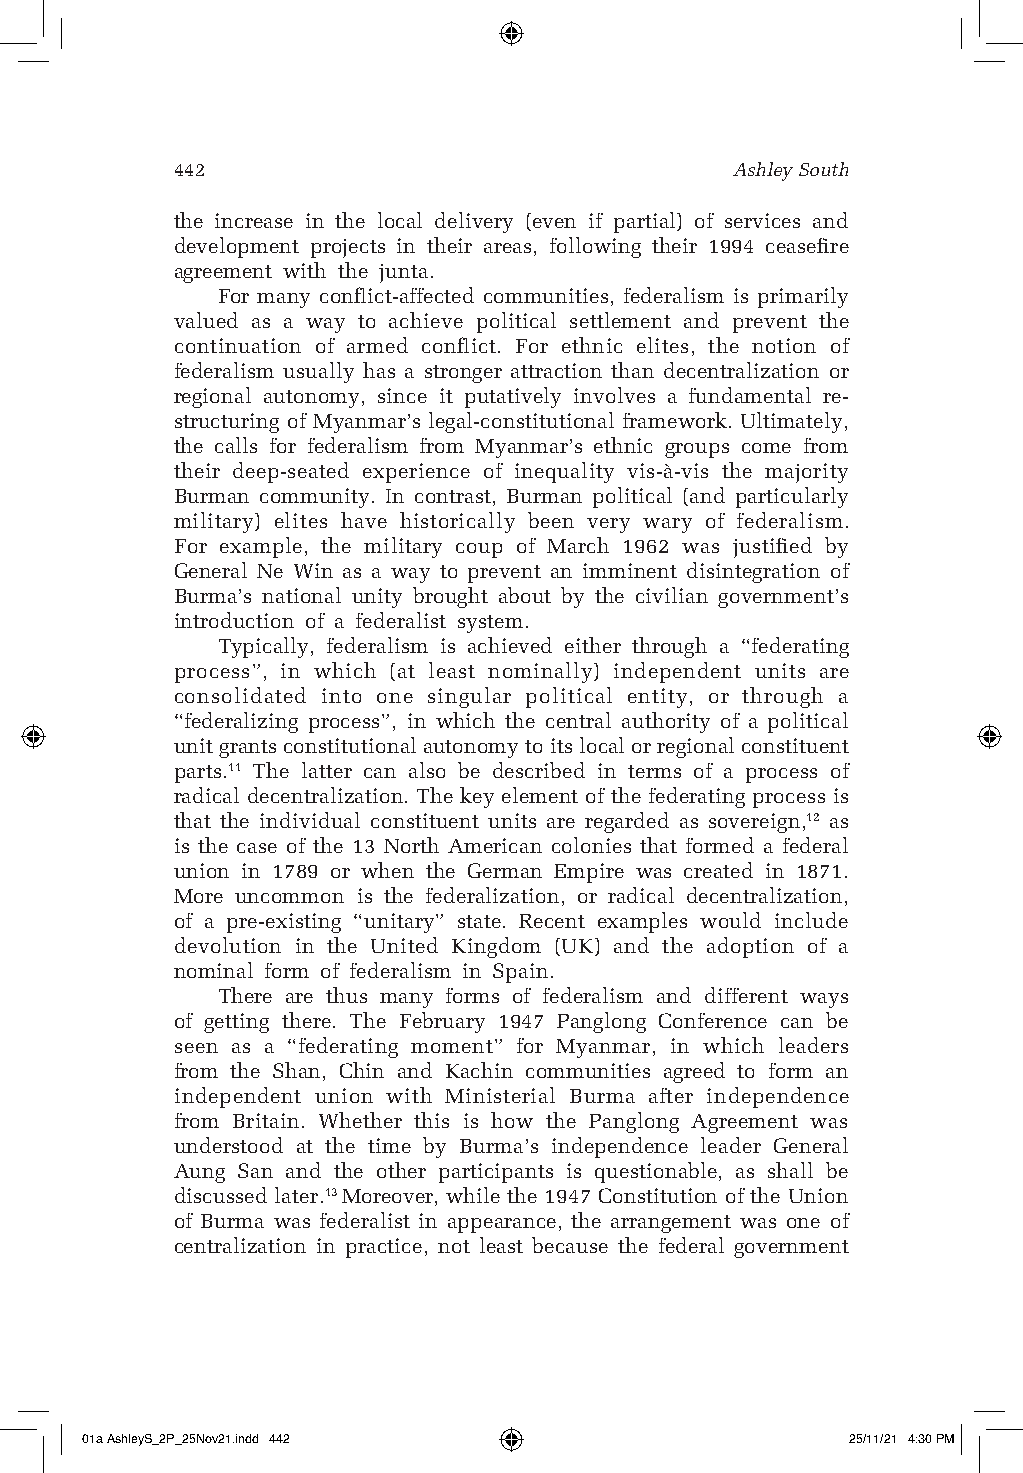
442                                  Ashley South
 the increase in the local delivery (even if partial) of services and
 development projects in their areas, following their 1994 ceasefire
 agreement with the junta.
 For many conflict-affected communities, federalism is primarily
 valued as a way to achieve political settlement and prevent the
 continuation of armed conflict. For ethnic elites, the notion of
 federalism usually has a stronger attraction than decentralization or
 regional autonomy, since it putatively involves a fundamental re-
 structuring of Myanmar’s legal-constitutional framework. Ultimately,
 the calls for federalism from Myanmar’s ethnic groups come from
 their deep-seated experience of inequality vis-à-vis the majority
 Burman community. In contrast, Burman political (and particularly
 military) elites have historically been very wary of federalism.
 For example, the military coup of March 1962 was justified by
 General Ne Win as a way to prevent an imminent disintegration of
 Burma’s national unity brought about by the civilian government’s
 introduction of a federalist system.
 Typically, federalism is achieved either through a “federating
 process”, in which (at least nominally) independent units are
 consolidated into one singular political entity, or through a
 “federalizing process”, in which the central authority of a political
 unit grants constitutional autonomy to its local or regional constituent
 parts.11 The latter can also be described in terms of a process of
 radical decentralization. The key element of the federating process is
 that the individual constituent units are regarded as sovereign,12 as
 is the case of the 13 North American colonies that formed a federal
 union in 1789 or when the German Empire was created in 1871.
 More uncommon is the federalization, or radical decentralization,
 of a pre-existing “unitary” state. Recent examples would include
 devolution in the United Kingdom (UK) and the adoption of a
 nominal form of federalism in Spain.
 There are thus many forms of federalism and different ways
 of getting there. The February 1947 Panglong Conference can be
 seen as a “federating moment” for Myanmar, in which leaders
 from the Shan, Chin and Kachin communities agreed to form an
 independent union with Ministerial Burma after independence
 from Britain. Whether this is how the Panglong Agreement was
 understood at the time by Burma’s independence leader General
 Aung San and the other participants is questionable, as shall be
 discussed later.13 Moreover, while the 1947 Constitution of the Union
 of Burma was federalist in appearance, the arrangement was one of
 centralization in practice, not least because the federal government
 01a AshleyS_2P_25Nov21.indd 442                    25/11/21 4:30 PM